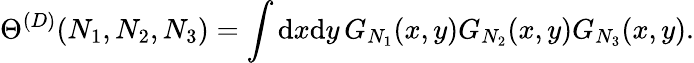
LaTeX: \Theta^{(D)}(N_{1},N_{2},N_{3})=\int\mathrm{d}x\mathrm{d}y\, G_{N_{1}}(x,y)G_{N_{2}}(x,y)G_{N_{3}}(x,y).